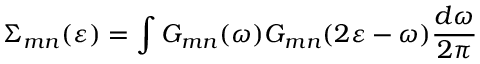
\Sigma _ { m n } ( \varepsilon ) = \int G _ { m n } ( \omega ) G _ { m n } ( 2 \varepsilon - \omega ) \frac { d \omega } { 2 \pi }